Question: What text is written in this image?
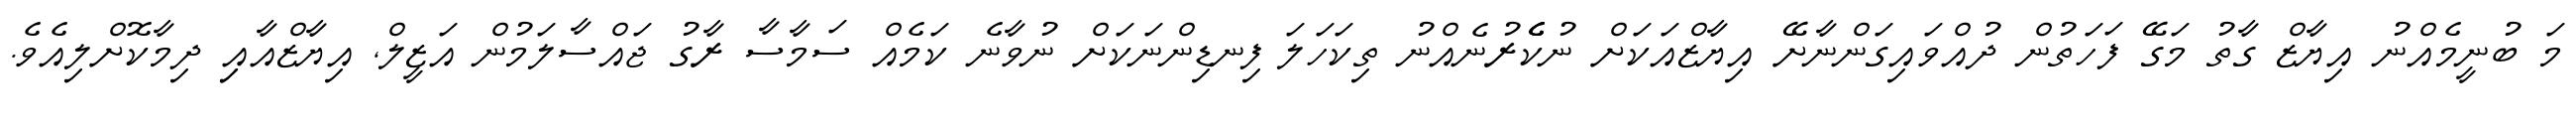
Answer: މަ ބުނީމެއްނު އިޔާޒް ގާތު މަގޭ ފަހަތުން ދުއްވައިގަންނާށޭ އިޔާޒްއަކަށް ނުކެެެރުނެއްނު ތިކަހަލަ ފިނޑިންނަކަށް ނުވާނެ ކަމެއް ސަމާސާ ރާގު ޖައްސާލަމުން އަޒީލް, އިޔާޒްއާއިި ދިމާކޮށްލިއެވެ.